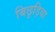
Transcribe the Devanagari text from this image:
बिछुड़िया